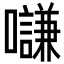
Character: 𡄫